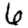
Digit: 6